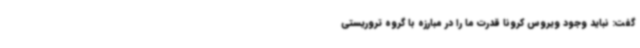
گفت: نباید وجود ویروس کرونا قدرت ما را در مبارزه با گروه تروریستی